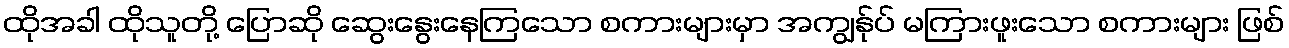
ထိုအခါ ထိုသူတို့ ပြောဆို ဆွေးနွေးနေကြသော စကားများမှာ အကျွန်ုပ် မကြားဖူးသော စကားများ ဖြစ်